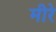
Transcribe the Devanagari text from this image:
मीरे